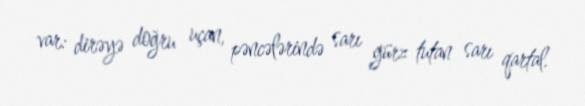
var: dirəyə doğru uçan, pəncələrində sarı gürz tutan sarı qartal.